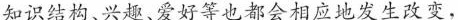
知识结构、兴趣、爱好等也都会相应地发生改变